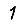
Digit: 1